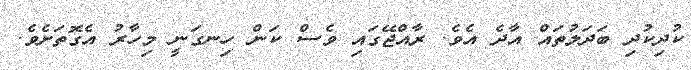
ކުދިކުދި ބަދަލުތައް އާދެ އެވެ. ރާއްޖޭގައި ވެސް ކަން ހިނގަނީ މިހާރު އެގޮތަށެވެ.